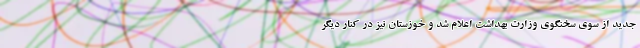
جدید از سوی سخنگوی وزارت بهداشت اعلام شد و خوزستان نیز در کنار دیگر